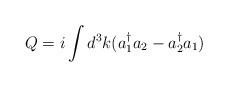
LaTeX: \begin{align*}Q= i\int d^3k (a^{\dag}_1 a_2 - a^{\dag}_2 a_1)\end{align*}